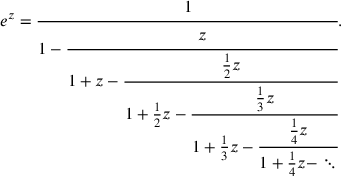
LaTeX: e ^ { z } = { \cfrac { 1 } { 1 - { \cfrac { z } { 1 + z - { \cfrac { { \frac { 1 } { 2 } } z } { 1 + { \frac { 1 } { 2 } } z - { \cfrac { { \frac { 1 } { 3 } } z } { 1 + { \frac { 1 } { 3 } } z - { \cfrac { { \frac { 1 } { 4 } } z } { 1 + { \frac { 1 } { 4 } } z - \ddots } } } } } } } } } } .